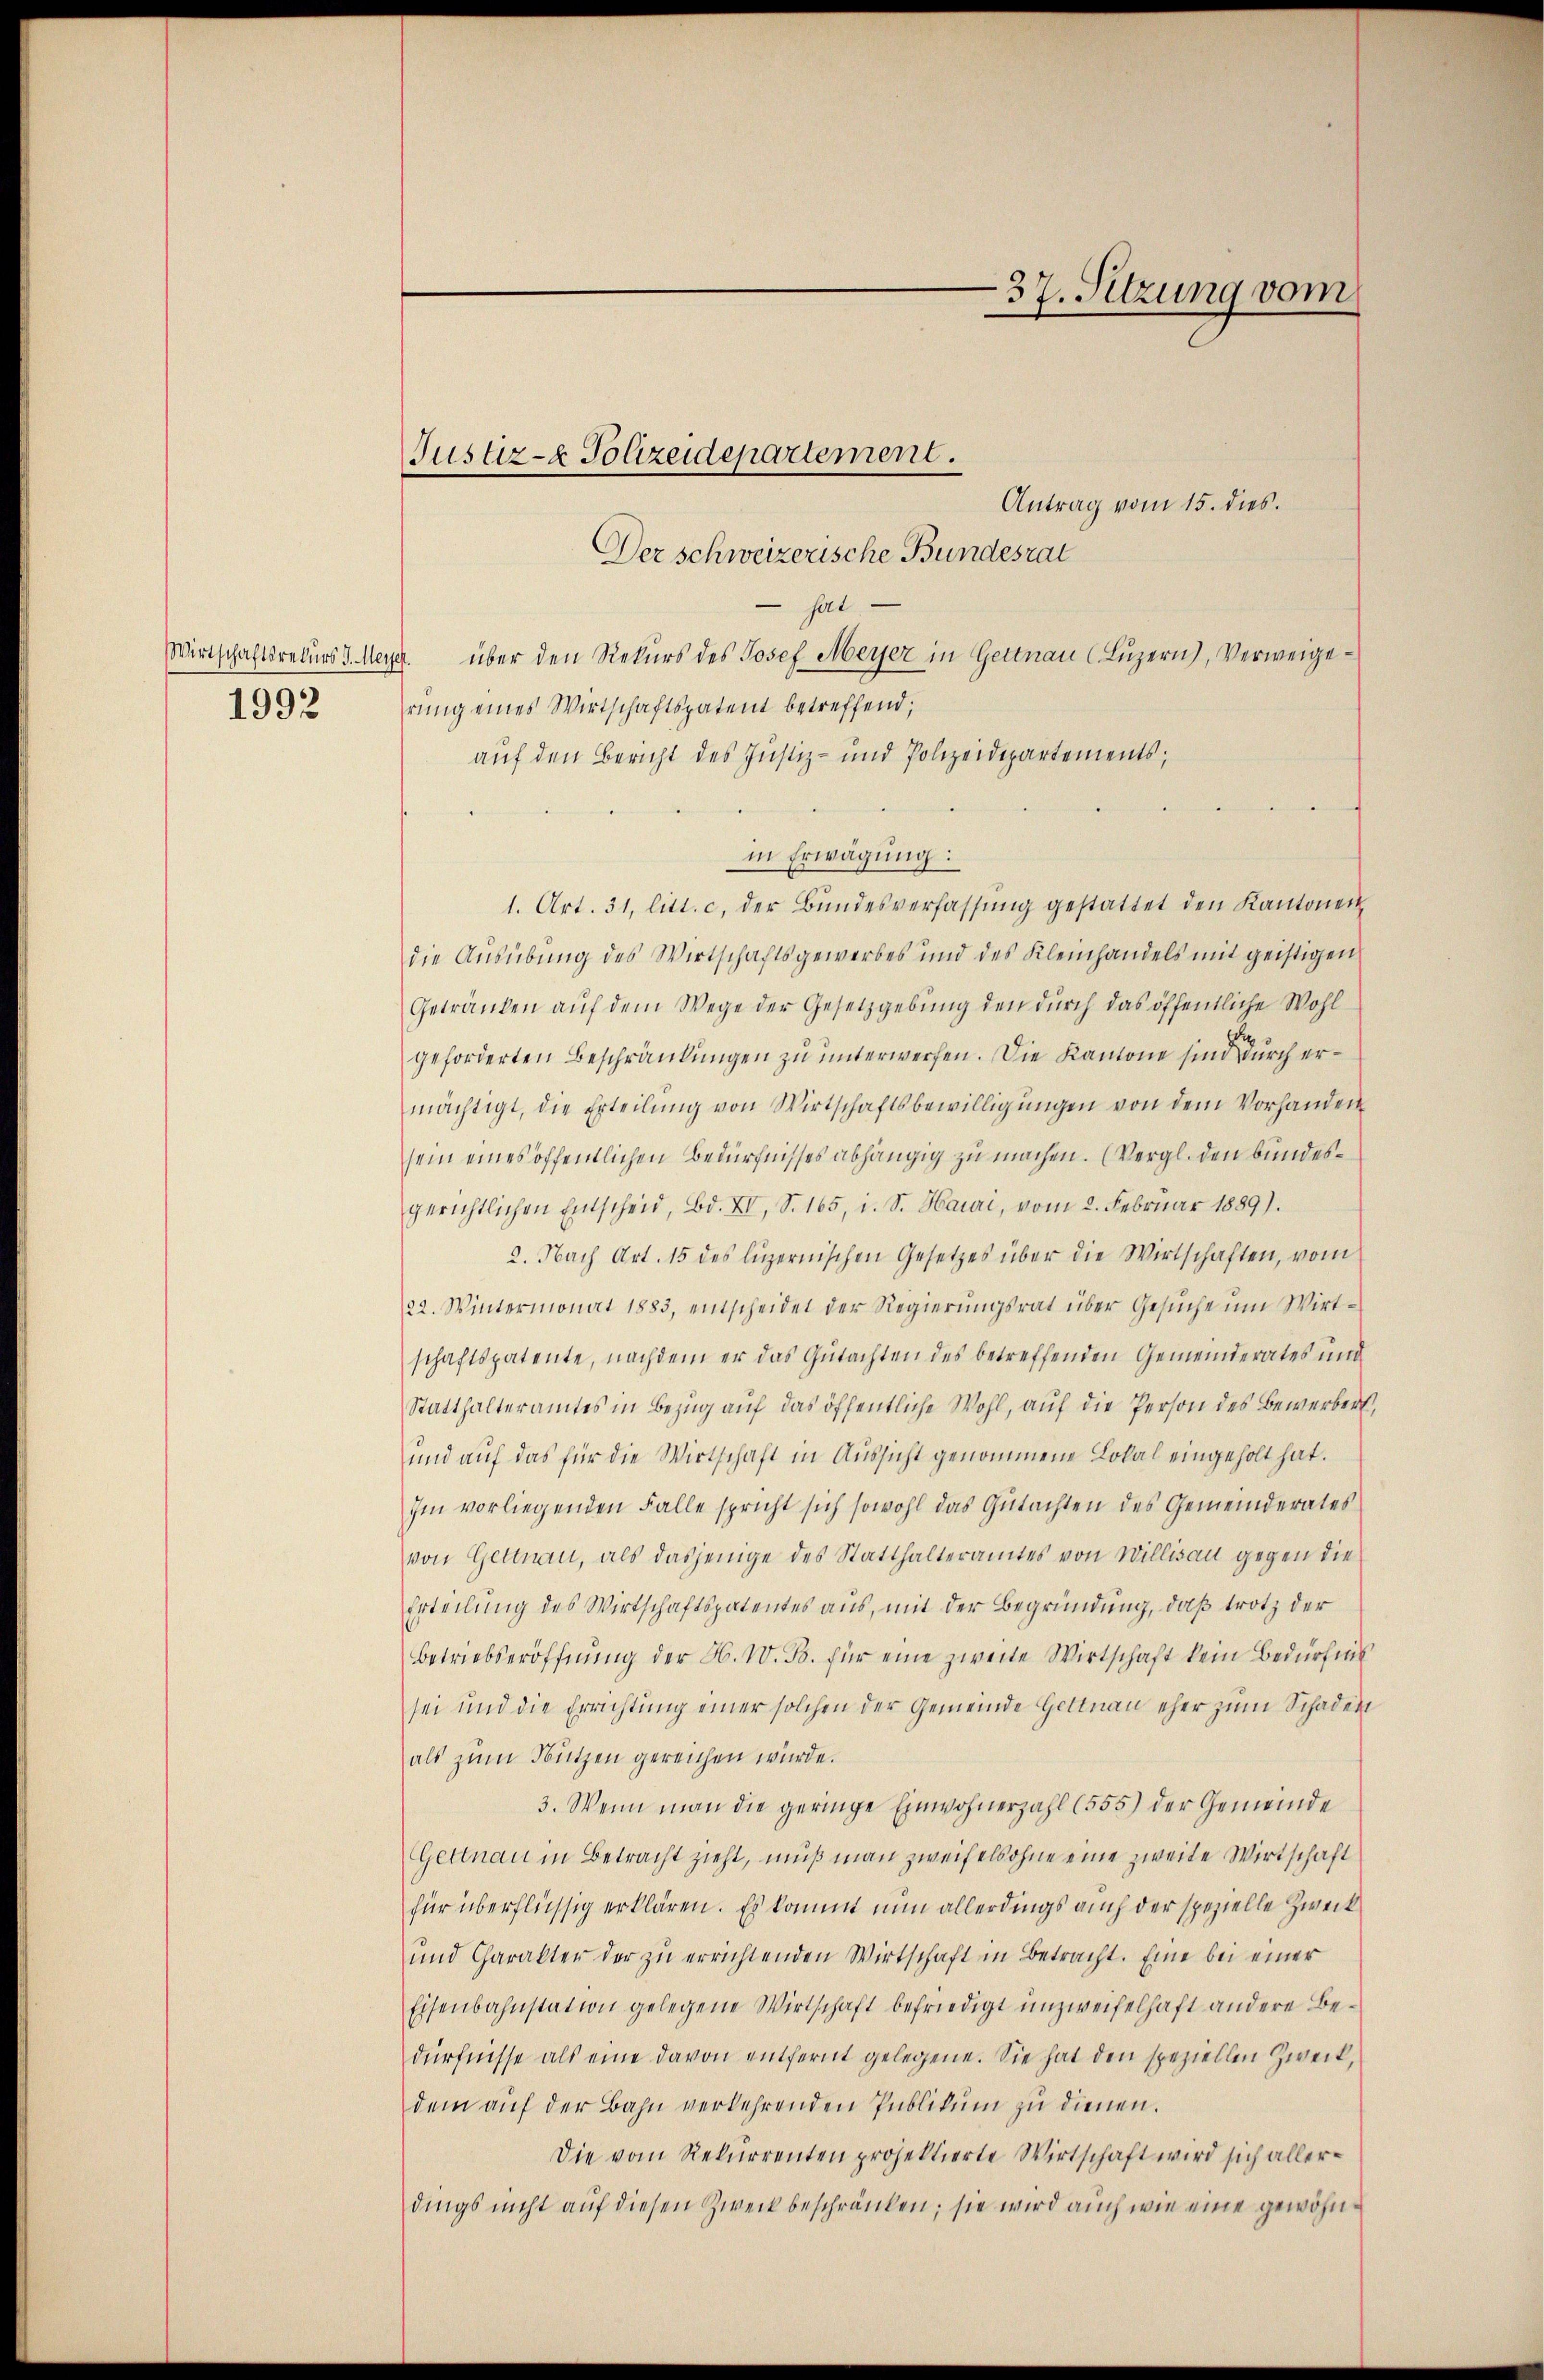
1993

Antrag vom 15. dies.
Der schweizerische Bundesrat
 hat
Wirtschaftsrekurs d. Merz über den Rekurs des Josef Meyer in Gettnau (Luzern), Verweigerŭng eines Wirtschaftspatent betreffend,
auf den Bericht des Justiz- und Polizeidipartements,
in Erwägung:
1. Art. 31, litt. c. der Bŭndesverfassŭng gestattet den Kantonen
die Ausübung des Wirtschaftsgewerbes und des Kleinhandels mit geistigen
Getränken auf dem Wege der Gesetzgebung den durch das öffentliche Wohl
geforderten Beschränkungen zu unterwerfen. Die Kantone sind durch ermächtigt, die Erteilŭng von Wirtschaftsbewilligungen von dem Vorhander
sein eines öffentlichen Bedürfnisses abhängig zu machen. (Vergl. den bundesgerichtlichen Entscheid, Bd. XV, S. 165, i. S. Hauri, vom 2. Februar 1889).
2. Nach Art. 15 des luzernischen Gesetzes über die Wirtschaften, vom
22. Wintermonat 1883, entscheidet der Regierungsrat über Gesŭche um Wirtschaftspatente, nachdem er das Gutachten des betreffenden Gemeinderates und
Statthalteramtes in Bezug auf das öffentliche Wohl, auf die Person des Bewerber,
und auf das für die Wirtschaft in Aussicht genommene Lokal eingeholt hat.
Im vorliegenden Falle spricht sich sowohl das Gŭtachten des Gemeinderates
von Gettnau, als dasjenige des Statthalteramtes von Willisau gegen die
Erteilung des Wirtschaftspatentes aus, mit der Begründung, daß trotz der
betriebseröffnŭng der A. W. B. für eine zweite Wirtschaft kein Bedürfnis
sei und die Errichtung einer solchen der Gemeinde Gottnau eher zum Schaden
als zum Nutzen gereichen würde.
3. Wenn man die geringe Einwohnerzahl (555) der Gemeinde
Gettnau in Betracht zieht, muß man zweifelsohne eine zweite Wirtschaft
für überflüssig erklären. Es kommt nun allerdings auch der spezielle Zweck
und Charakter der zŭ errichtenden Wirtschaft in Betracht. Eine bei einer
Eisenbahnstation gelegene Wirtschaft befriedigt unzweifelhaft andere Bedürfnisse als eine davon entfernt gelegene. Sie hat den speziellen Zweck,
dem aŭf der Bahn verkehrenden Publikŭm zŭ dienen.
Die vom Rekurrenten projektierte Wirtschaft wird sich allerdings nicht auf diesen Zweck beschränken; sie wird auch wie eine gewöhn¬

Justiz- & Polizeidepartement.

37. Setzung vom